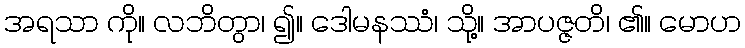
အရသာ ကို။ လဘိတွာ၊ ၍။ ဒေါမနဿံ၊ သို့။ အာပဇ္ဇတိ၊ ၏။ မောဟ